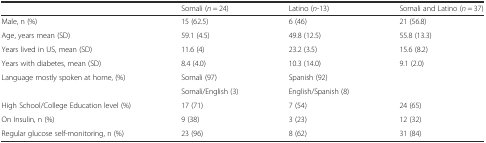
|  | Somali (n = 24) | Latino (n-13) | Somali and Latino (n = 37) |
 | --- | --- | --- | --- |
 | Male, n (%) | 15 (62.5) | 6 (46) | 21 (56.8) |
 | Age, years mean (SD) | 59.1 (4.5) | 49.8 (12.5) | 55.8 (13.3) |
 | Years lived in US, mean (SD) | 11.6 (4) | 23.2 (3.5) | 15.6 (8.2) |
 | Years with diabetes, mean (SD) | 8.4 (4.0) | 10.3 (14.0) | 9.1 (2.0) |
 | Language mostly spoken at home, (%) | Somali (97) | Spanish (92) |  |
 |  | Somali/English (3) | English/Spanish (8) |  |
 | High School/College Education level (%) | 17 (71) | 7 (54) | 24 (65) |
 | On Insulin, n (%) | 9 (38) | 3 (23) | 12 (32) |
 | Regular glucose self-monitoring, n (%) | 23 (96) | 8 (62) | 31 (84) |